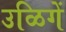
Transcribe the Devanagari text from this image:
उळिगें